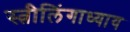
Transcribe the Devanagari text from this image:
स्त्रीलिंगाध्याय